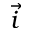
\vec { i }